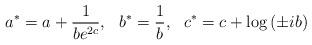
LaTeX: \begin{align*}a^{*}=a+\frac{1}{be^{2c}},\: \: \: b^{*}=\frac{1}{b},\: \: \:c^{*}=c+\log \left( \pm ib\right)\end{align*}